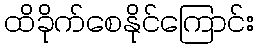
ထိခိုက်စေနိုင်ကြောင်း